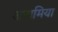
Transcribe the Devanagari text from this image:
अनामिया